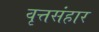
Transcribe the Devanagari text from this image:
वृत्तसंहार